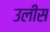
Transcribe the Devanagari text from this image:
उलीस